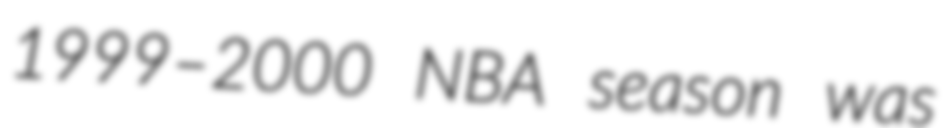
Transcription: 1999–2000 NBA season was